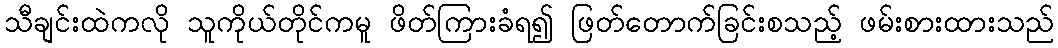
သီချင်းထဲကလို သူကိုယ်တိုင်ကမူ ဖိတ်ကြားခံရ၍ ဖြတ်တောက်ခြင်းစသည့် ဖမ်းစားထားသည်